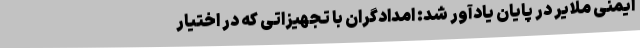
ایمنی ملایر در پایان یادآور شد: امدادگران با تجهیزاتی که در اختیار